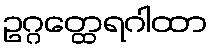
ဥဂ္ဂတ္ထေရဂါထာ